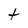
Character: t